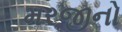
મરજીનો